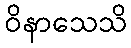
ဝိနာသေသိ